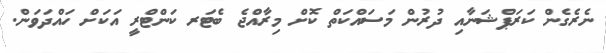
ނެރެގެން ކަރަޕްޝަނާއި ދުރުން މަސައްކަތް ކޮށް މިރާއްްޖެ ބެޓަރ ކަންޓްރީ އަކަށް ހައްދަވަން.